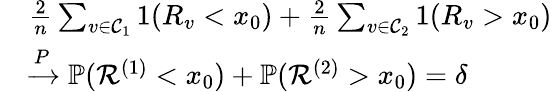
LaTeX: \begin{array}{rl}&{\frac{2}{n}\sum_{v\in\mathcal{C}_{1}}1(R_{v}<x_{0})+\frac{2}{n}\sum_{v\in\mathcal{C}_{2}}1(R_{v}>x_{0})}\\ &{\xrightarrow{P}\mathbb{P}({\mathcal{R}}^{(1)}<x_{0})+\mathbb{P}({\mathcal{R}}^{(2)}>x_{0})=\delta}\end{array}